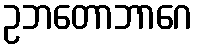
ဥဘတောဘာဂေ